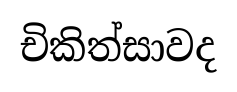
චිකිත්සාවද